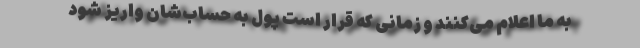
به ما اعلام می‌کنند و زمانی که قرار است پول به حساب‌شان واریز شود